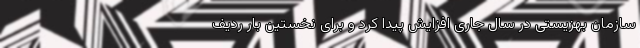
سازمان بهزیستی در سال جاری افزایش پیدا کرد و برای نخستین بار ردیف